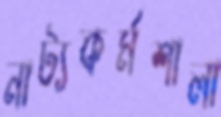
নাট্যকর্মশালা